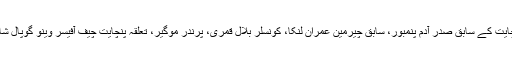
اس موقع پر اسسٹنٹ کمشنر، تحصیلدار، جالی پنچایت کے سابق صدر آدم پنمبور، سابق چیرمین عمران لنکا، کونسلر بلال قمری، پرندر موگیر، تعلقہ پنچایت چیف آفیسر وینو گوپال شاستری، بلدیہ کے چیف آفیسر وغیرہ موجود تھے۔